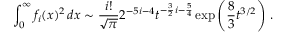
\int _ { 0 } ^ { \infty } f _ { i } ( x ) ^ { 2 } \, d x \sim { \frac { i ! } { \sqrt \pi } } 2 ^ { - 5 i - 4 } t ^ { - { \frac { 3 } { 2 } } i - { \frac { 5 } { 4 } } } \exp \left( { \frac { 8 } { 3 } } t ^ { 3 / 2 } \right) \, .